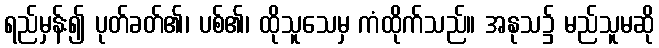
ရည်မှန်း၍ ပုတ်ခတ်၏၊ ပစ်၏၊ ထိုသူသေမှ ကံထိုက်သည်။ အနုသ၌ မည်သူမဆို